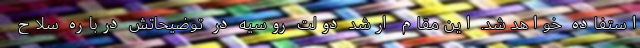
استفاده خواهد شد. این مقام ارشد دولت روسیه در توضیحاتش درباره سلاح